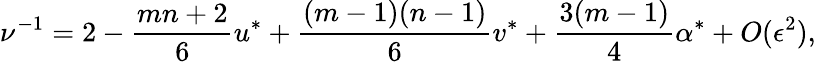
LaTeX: \nu^{-1}=2-{\frac{mn+2}{6}}u^{\ast}+{\frac{(m-1)(n-1)}{6}}v^{\ast}+{\frac{3(m-1)}{4}}\alpha^{\ast}+O(\epsilon^{2}),